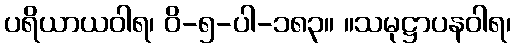
ပရိယာယဝါရ၊ ဝိ-၅-ပါ-၁၈၃။ ။သမုဋ္ဌာပနဝါရ၊